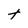
Character: t